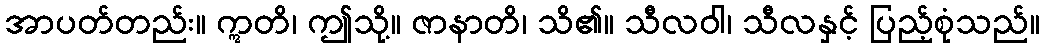
အာပတ်တည်း။ ဣတိ၊ ဤသို့။ ဇာနာတိ၊ သိ၏။ သီလဝါ၊ သီလနှင့် ပြည့်စုံသည်။